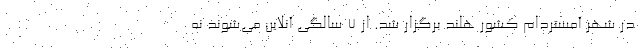
در شهر آمستردام کشور هلند برگزار ‌شد. از ۷ سالگی آنلاین می‌شوند نه